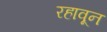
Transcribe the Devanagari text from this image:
रहावून